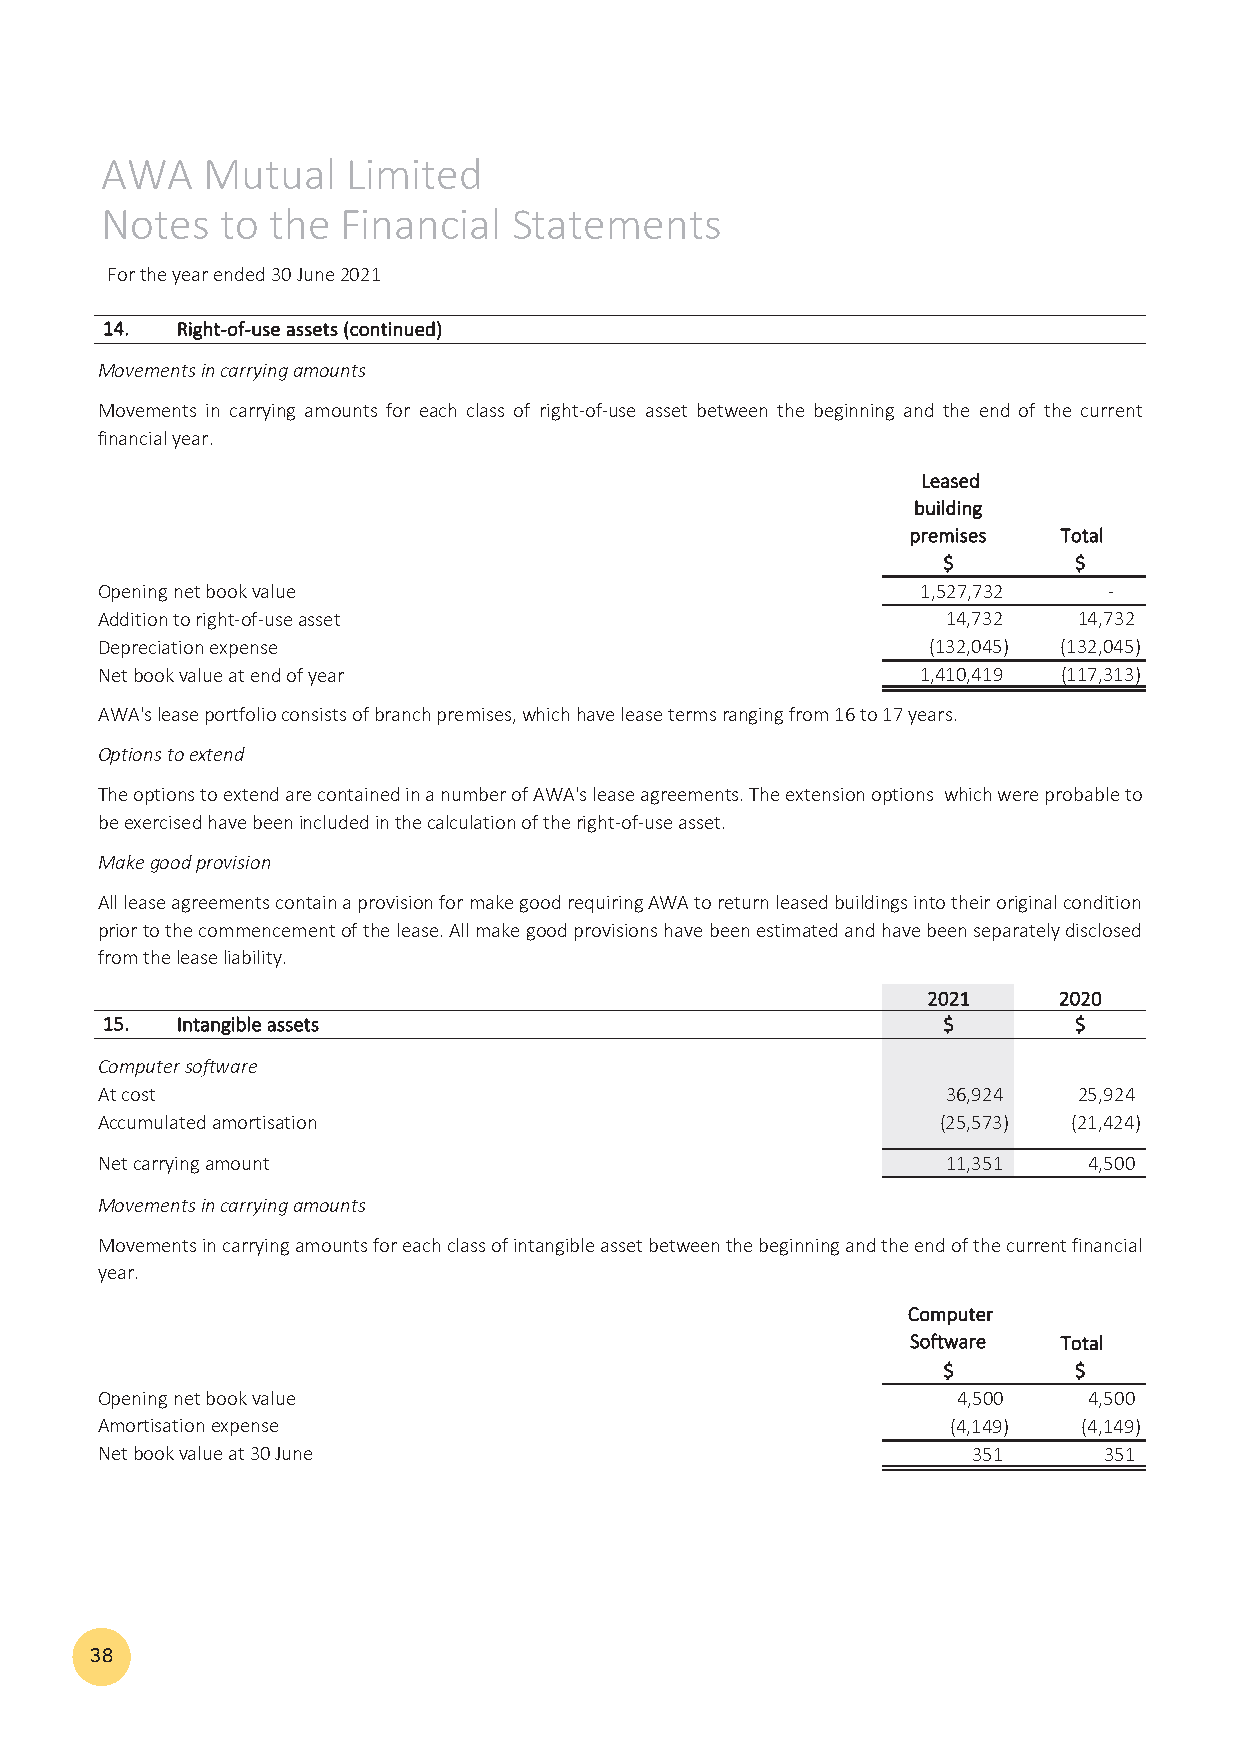
AWA   Mutual    Limited
 Notes   to the  Financial  Statements
 For the year ended 30 June 2021
 1144.. RRiigghhtt‐‐ooff‐‐uussee aasssseettss ((ccoonnttiinnuueedd))
 Movements in carrying amounts
 Movements in carrying amounts for each class of right‐of‐use asset between the beginning and the end of the current
 financial year.
 LLeeaasseedd
 bbuuiillddiinngg
 pprreemmiisseess TToottaall
 $$       $$
 Opening net book value                                 1 ,527,732  ‐
 Addition to right‐of‐use asset                           14,732  14,732
 Depreciation expense                                   (132,045) (132,045)
 Net book value at end of year                          1 ,410,419 (117,313)
 AWA's lease portfolio consists of branch premises, which have lease terms ranging from 16 to 17 years.
 Options to extend
 TheoptionstoextendarecontainedinanumberofAWA'sleaseagreements.Theextensionoptions whichwereprobableto
 be exercised have been included in the calculation of the right‐of‐use asset.
 Make good provision
 AllleaseagreementscontainaprovisionformakegoodrequiringAWAtoreturnleasedbuildingsintotheiroriginalcondition
 priortothecommencementofthelease.Allmakegoodprovisionshavebeenestimatedandhavebeenseparatelydisclosed
 from the lease liability.
 22002211 22002200
 1155.. IInnttaannggiibbllee aasssseettss               $$       $$
 Computer software
 At cost                                                  36,924  25,924
 Accumulated amortisation                                (25,573) (21,424)
 Net carrying amount                                      11,351   4,500
 Movements in carrying amounts
 Movementsincarryingamountsforeachclassofintangibleassetbetweenthebeginningandtheendofthecurrentfinancial
 year.
 CCoommppuutteerr
 SSooffttwwaarree TToottaall
 $$       $$
 Opening net book value                                   4,500    4,500
 Amortisation expense                                     (4,149)  (4,149)
 Net book value at 30 June                                 351      351
 38